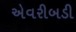
એવરીબડી